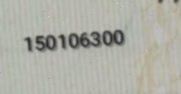
150106300